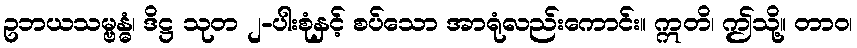
ဥဘယသမ္ဗန္ဓံ၊ ဒိဋ္ဌ သုတ ၂-ပါးစုံနှင့် စပ်သော အာရုံလည်းကောင်း။ ဣတိ၊ ဤသို့။ တာဝ၊